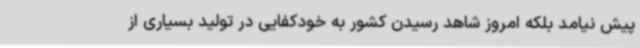
پیش نیامد بلکه امروز شاهد رسیدن کشور به خودکفایی در تولید بسیاری از